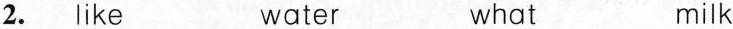
2. ike water what milk